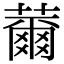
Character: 薾